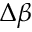
\Delta \beta